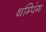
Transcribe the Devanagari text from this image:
थम्पिंग